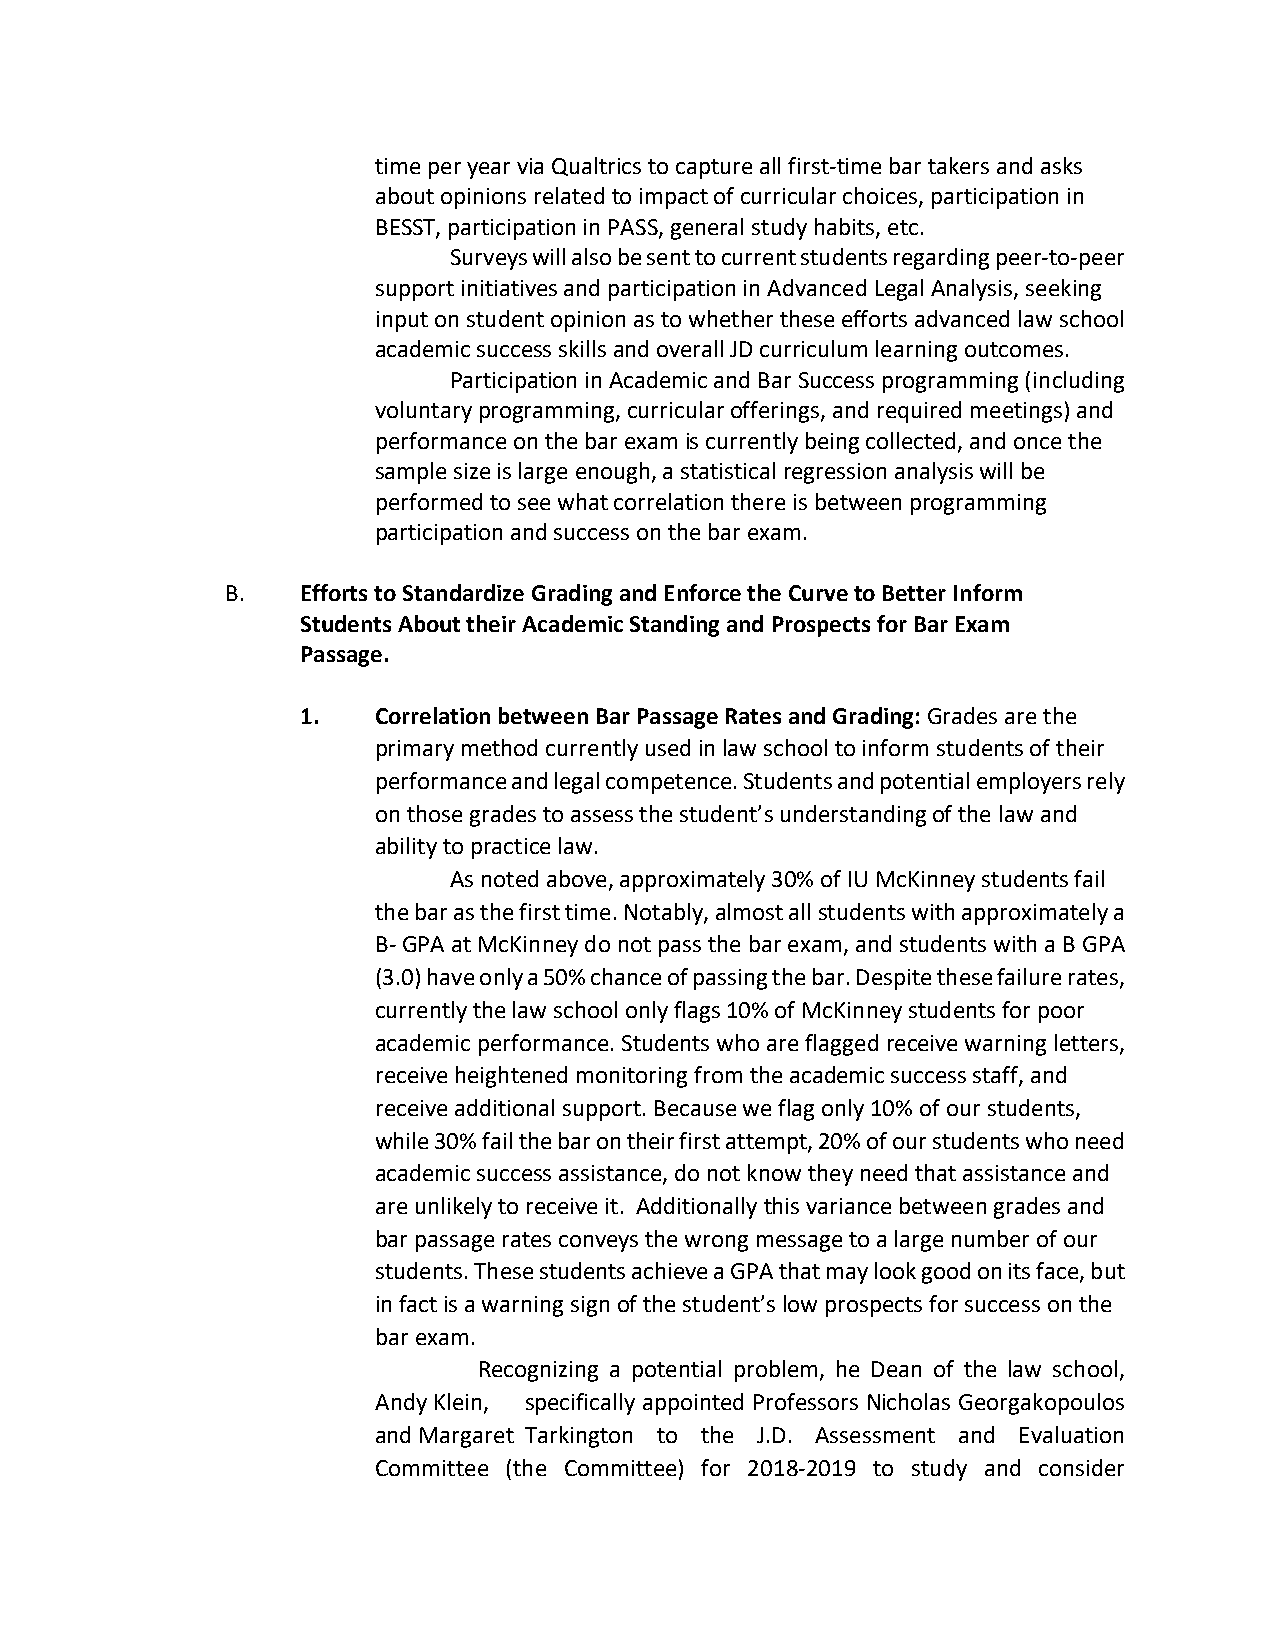
time per year via Qualtrics to capture all first-time bar takers and asks
 about opinions related to impact of curricular choices, participation in
 BESST, participation in PASS, general study habits, etc.
 Surveys will also be sent to current students regarding peer-to-peer
 support initiatives and participation in Advanced Legal Analysis, seeking
 input on student opinion as to whether these efforts advanced law school
 academic success skills and overall JD curriculum learning outcomes.
 Participation in Academic and Bar Success programming (including
 voluntary programming, curricular offerings, and required meetings) and
 performance on the bar exam is currently being collected, and once the
 sample size is large enough, a statistical regression analysis will be
 performed to see what correlation there is between programming
 participation and success on the bar exam.
 B.   Efforts to Standardize Grading and Enforce the Curve to Better Inform
 Students About their Academic Standing and Prospects for Bar Exam
 Passage.
 1.   Correlation between Bar Passage Rates and Grading: Grades are the
 primary method currently used in law school to inform students of their
 performance and legal competence. Students and potential employers rely
 on those grades to assess the student’s understanding of the law and
 ability to practice law.
 As noted above, approximately 30% of IU McKinney students fail
 the bar as the first time. Notably, almost all students with approximately a
 B- GPA at McKinney do not pass the bar exam, and students with a B GPA
 (3.0) have only a 50% chance of passing the bar. Despite these failure rates,
 currently the law school only flags 10% of McKinney students for poor
 academic performance. Students who are flagged receive warning letters,
 receive heightened monitoring from the academic success staff, and
 receive additional support. Because we flag only 10% of our students,
 while 30% fail the bar on their first attempt, 20% of our students who need
 academic success assistance, do not know they need that assistance and
 are unlikely to receive it. Additionally this variance between grades and
 bar passage rates conveys the wrong message to a large number of our
 students. These students achieve a GPA that may look good on its face, but
 in fact is a warning sign of the student’s low prospects for success on the
 bar exam.
 Recognizing a potential problem, he Dean of the law school,
 Andy Klein, specifically appointed Professors Nicholas Georgakopoulos
 and Margaret Tarkington to the J.D. Assessment and Evaluation
 Committee (the Committee) for 2018-2019 to study and consider